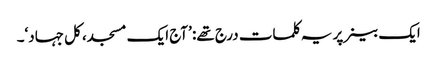
ایک بینر پر یہ کلمات درج تھے: ’آج ایک مسجد، کل جہاد‘۔